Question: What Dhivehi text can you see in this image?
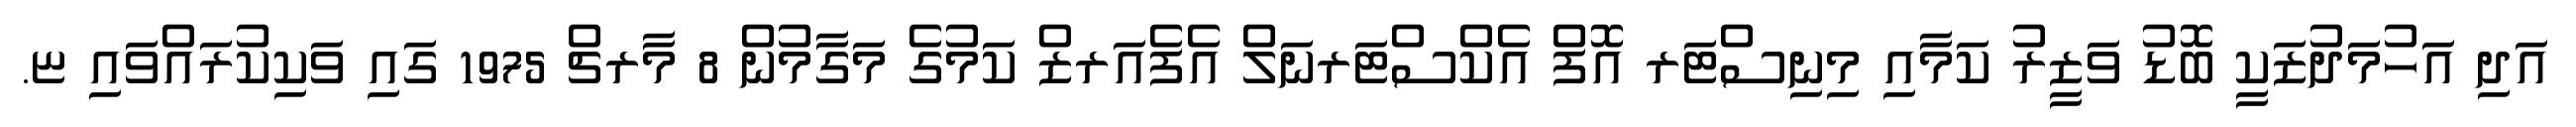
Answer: އަދި އަހުމަދުޒަކީ ބޮޑު ވަޒީރު ކަމާއި މިނިސްޓަރ އޮފް އެކްސްޓަރނަލް އެފެއަރޒް ކަމުގެ މަގާމުން 8 މާރޗް 1975 ގައި ވަކިކުރައްވައި ޏ.